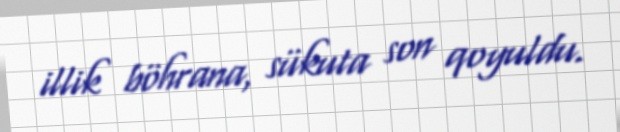
illik böhrana, sükuta son qoyuldu.